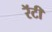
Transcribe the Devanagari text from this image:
रॅटी